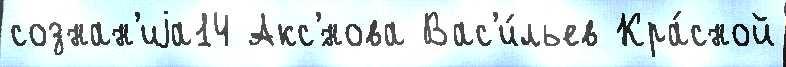
сознан'иjа14 Акс'́нова Вас'и́льев Кра́сной